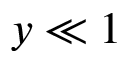
{ y \ll 1 }